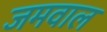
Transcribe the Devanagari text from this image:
जमवाल